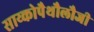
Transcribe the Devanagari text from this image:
साय्कोपैथौलौजी